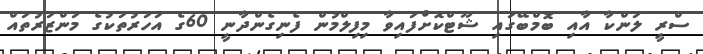
ސްރީ ލަންކާ އާއި ބޮމްބޭގައި ޝޫޓްކޮށްފައިވާ މިފިލްމުން ފެނިގެންދާނީ 60ގެ އަހަރުތަކުގެ މަންޒަރުތައް